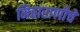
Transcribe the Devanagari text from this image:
मिठाराणीचे